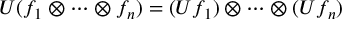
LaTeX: U ( f _ { 1 } \otimes \cdots \otimes f _ { n } ) = ( U f _ { 1 } ) \otimes \cdots \otimes ( U f _ { n } )